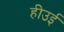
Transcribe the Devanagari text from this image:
हीउई